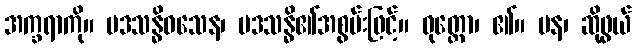
အက္ခရာကို။ ပဒသန္ဓိဝသေန၊ ပဒသန္ဓိ၏အစွမ်းဖြင့်။ ဝုတ္ထော၊ ၏။ ပန၊ ဆိုဖွယ်